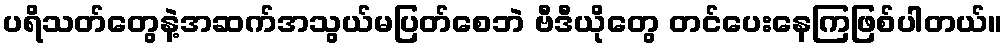
ပရိသတ်တွေနဲ့အဆက်အသွယ်မပြတ်စေဘဲ ဗီဒီယိုတွေ တင်ပေးနေကြဖြစ်ပါတယ်။